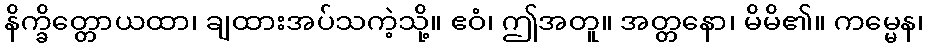
နိက္ခိတ္တောယထာ၊ ချထားအပ်သကဲ့သို့။ ဧဝံ၊ ဤအတူ။ အတ္တနော၊ မိမိ၏။ ကမ္မေန၊